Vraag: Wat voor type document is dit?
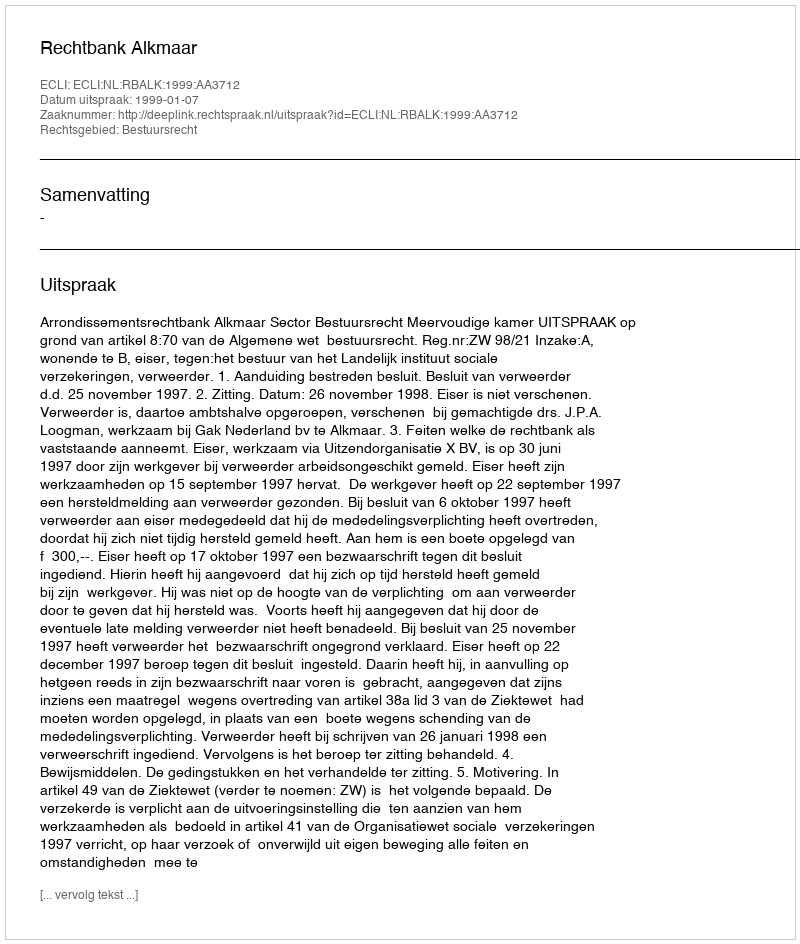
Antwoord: Uitspraak